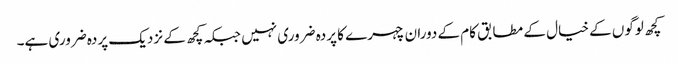
کچھ لوگوں کے خیال کے مطابق کام کے دوران چہرے کا پردہ ضروری نہیں جبکہ کچھ کے نزدیک پردہ ضروری ہے۔